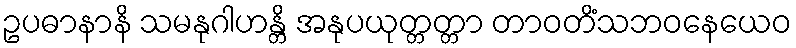
ဥပဓာနာနိ သမနုဂါဟန္တိ အနုပယုတ္တတ္တာ တာဝတိံသဘဝနေယေဝ